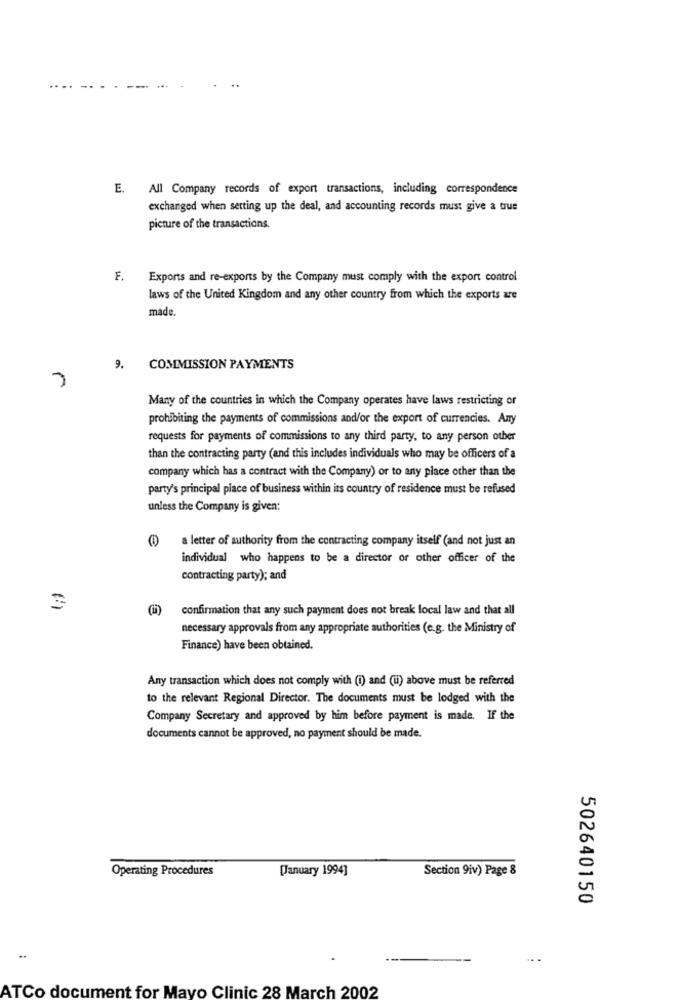
....
...
..
E.
All Company records of export transactions, including correspondence
exchanged when setting up the deal, and accounting records must give a true
picture of the transactions.
F.
Exports and re-exports by the Company must comply with the export control
laws of the United Kingdom and any other country from which the exports are
made.
9. COMMISSION PAYMENTS
Many of the countries in which the Company operates have laws restricting or
prohibiting the payments of commissions and/or the export of currencies. Any
requests for payments of commissions to any third party, to any person other
than the contracting party (and this includes individuals who may be officers of a
company which has a contract with the Company) or to any place other than the
party's principal place of business within its country of residence must be refused
unless the Company is given:
a letter of authority from the contracting company itself (and not just an
individual who happens to be a director or other officer of the
contracting party); and
confirmation that any such payment does not break local law and that all
necessary approvals from any appropriate authorities (e.g. the Ministry of
Finance) have been obtained.
Any transaction which does not comply with (i) and (u) above must be referred
to the relevant Regional Director. The documents must be lodged with the
Company Secretary and approved by him before payment is made. If the
documents cannot be approved, no payment should be made.
Operating Procedures
[January 1994]
Section 9iv) Page 8
502640150
ATCo document for Mayo Clinic 28 March 2002